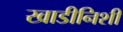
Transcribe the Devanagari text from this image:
खाडीनिशी